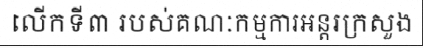
លើកទី៣ របស់គណៈកម្មការអន្តរក្រសួង